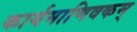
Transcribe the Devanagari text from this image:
कार्यमाणिवकम्